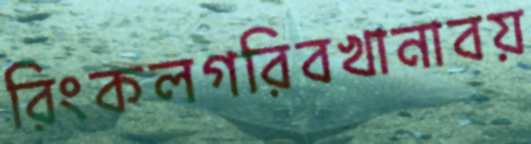
রিংকলগরিবখানাবয়